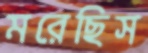
মরেছিস